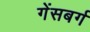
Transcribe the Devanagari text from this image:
गेंसबर्ग